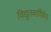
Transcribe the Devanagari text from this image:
विद्युतकार्यिकीय